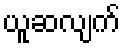
ယူဆလျက်